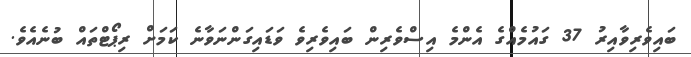
ބައިވެރިވާއިރު 37 ގައުމެއްގެ އެންމެ އިސްވެރިން ބައިވެރިވެ ވަޑައިގަންނަވާނެ ކަމަށް ރިޕޯޓްތައް ބުނެއެވެ.